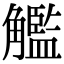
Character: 𧥈